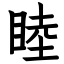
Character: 睦